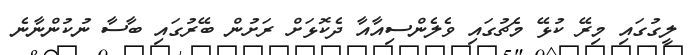
ލީގުގައި މިރޭ ކުޅޭ މެޗުގައި ވެލެންސިއާއާ ދެކޮޅަށް ރަށުން ބޭރުގައި ބާސާ ނުކުންނާނެ